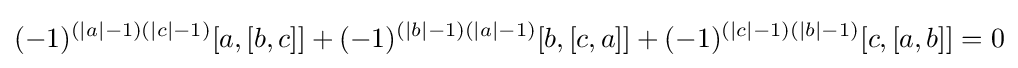
(-1)^{(|a|-1)(|c|-1)}[a,[b,c]]+(-1)^{(|b|-1)(|a|-1)}[b,[c,a]]+(-1)^{(|c|-1)(|b|-1)}[c,[a,b]]=0